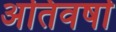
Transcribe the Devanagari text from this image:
अतिवर्षा